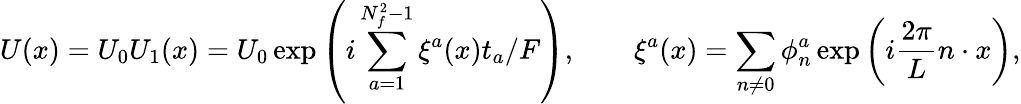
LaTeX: U(x)=U_{0}U_{1}(x)=U_{0}\exp\left(i\sum_{a=1}^{N_{f}^{2}-1}\xi^{a}(x)t_{a}/F\right),\qquad\xi^{a}(x)=\sum_{n\neq 0}\phi_{n}^{a}\exp\left(i\frac{2\pi}{L}n\cdot x\right),